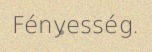
Fényesség.